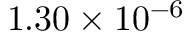
1 . 3 0 \times 1 0 ^ { - 6 }